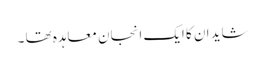
شاید ان کا ایک انجان معاہدہ تھا ۔